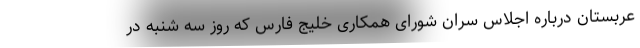
عربستان درباره اجلاس سران شورای همکاری خلیج فارس که روز سه شنبه در